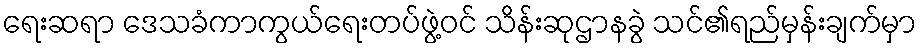
ရေးဆရာ ဒေသခံကာကွယ်ရေးတပ်ဖွဲ့ဝင် သိန်းဆုဌာနခွဲ သင်၏ရည်မှန်းချက်မှာ